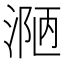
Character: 𪶾